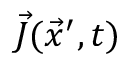
\vec { J } ( \vec { x } ^ { \prime } , t )